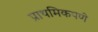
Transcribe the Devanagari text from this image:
प्राथमिकपणे